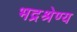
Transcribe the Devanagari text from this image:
भद्रश्रेण्य